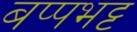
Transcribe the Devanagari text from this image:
बप्पभट्ट